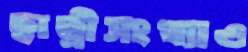
ছাত্রীসংখ্যাও